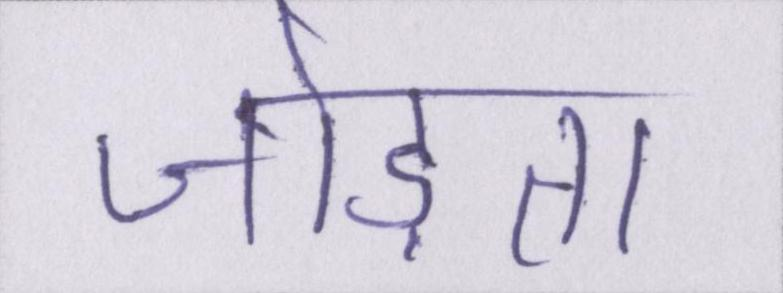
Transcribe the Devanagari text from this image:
जोड़ता